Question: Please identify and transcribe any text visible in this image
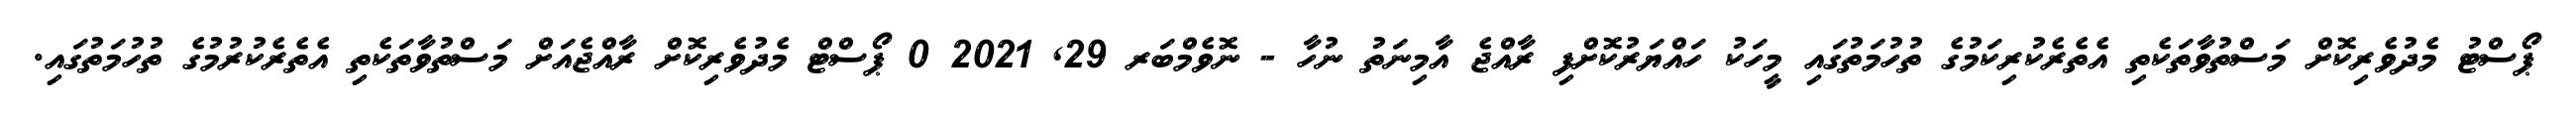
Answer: ޕޯސްޓު މެދުވެރިކޮށް މަސްތުވާތަކެތި އެތެރެކުރިކަމުގެ ތުހުމަތުގައި މީހަކު ހައްޔަރުކޮށްފި ރާއްޖެ އާމިނަތު ނުހާ - ނޮވެމްބަރ 29, 2021 0 ޕޯސްޓް މެދުވެރިކޮށް ރާއްޖެއަށް މަސްތުވާތަކެތި އެތެރެކުރުމުގެ ތުހުމަތުގައި.